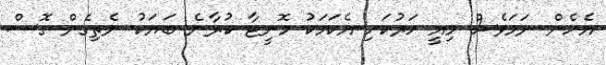
އެހެން ނަމަވެސް މިއީ ހަރުކަށި އެކަމަކު މޮނީޓާ ކުރާނެ ބަޔަކު ނެތިގެން ގޮސް